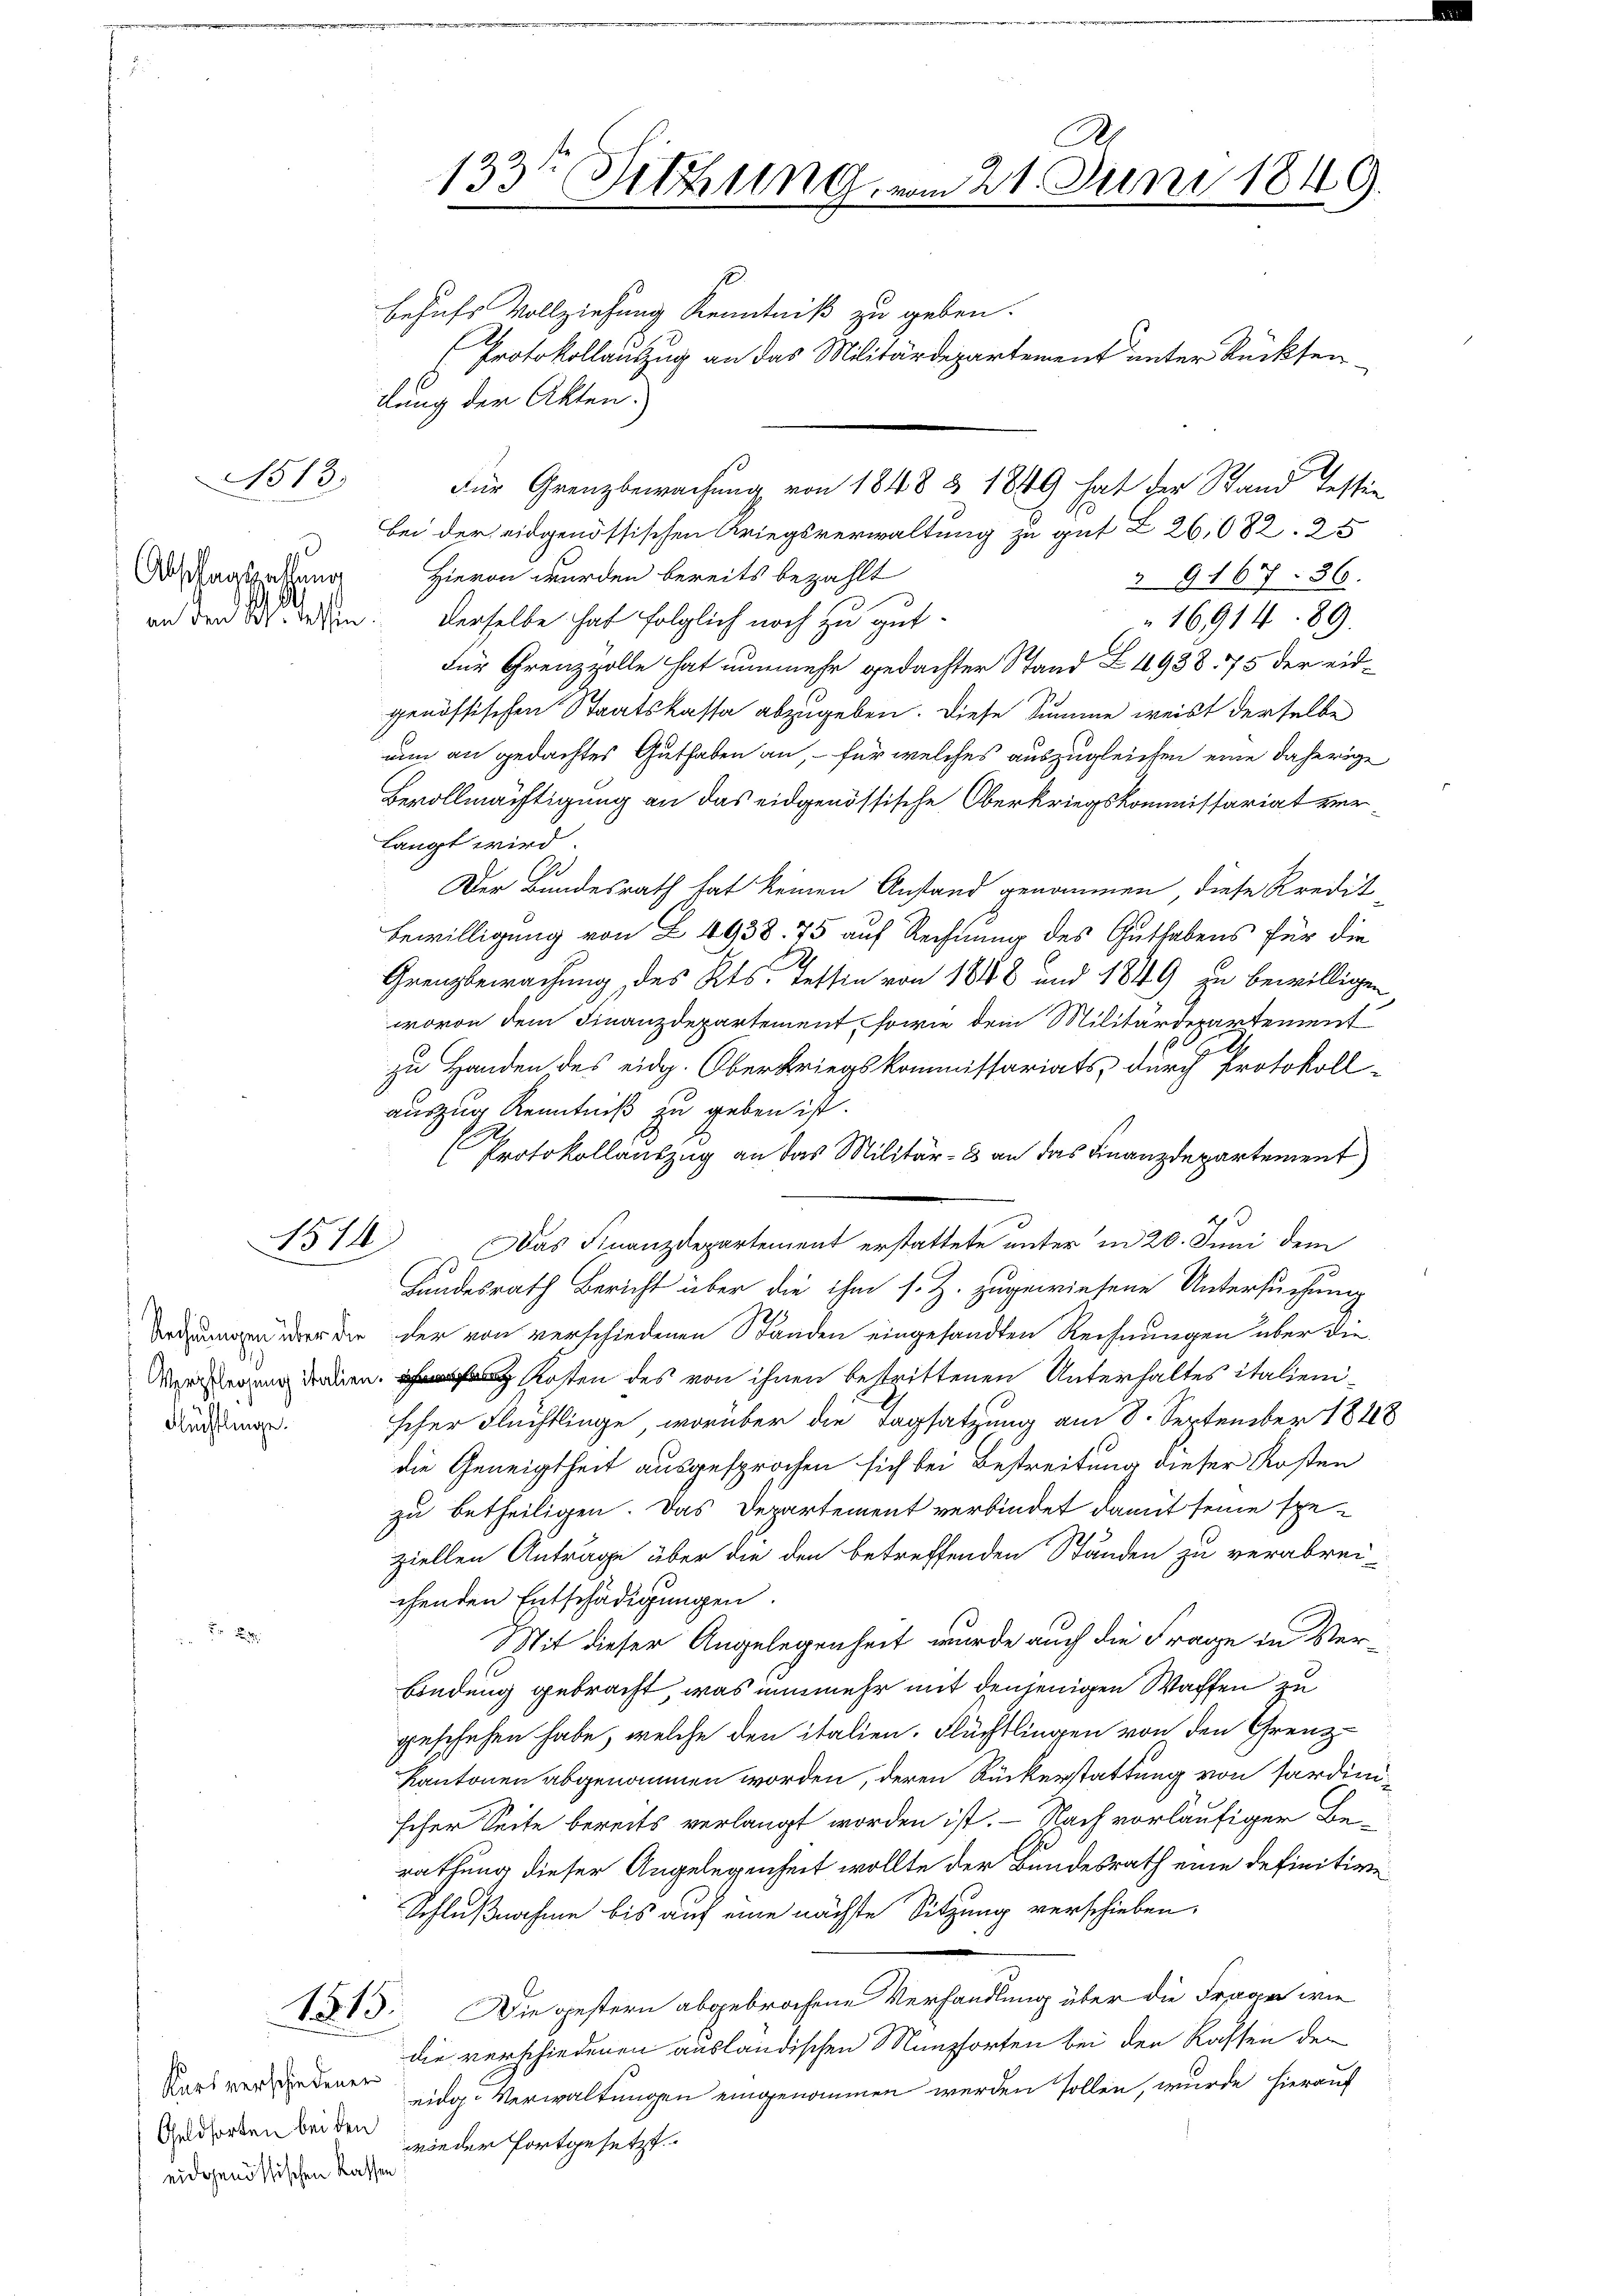
1513.

Abschaftsetzung

B14

Flüchtlinge.

Kars verschiedener
Geldsorten bei den
eidgenössischen Kassen

133te Sitzung.

21. Juni 1849.

behufs Vollziehung Kenntniß zu geben.
Protokollauszug an das Militärdepartement unter Rücksendlung der Akten.)
Für Grenzbewachung von 1848 § 1849 hat der Stand Tessie
bei der eidgenössischen Kriegsverwaltung zu gut Z. 26,682. 25
Hievon wurden bereits bezahlt
 9167. 36.
d
an den 27. Jeden derselbe hat folglich noch zu gut¬
1691489.
Für Grenzzolle hat nunmehr gedachter Stand Z 1938. 75 der eidgenössischen Staatskassa abzugeben. Diese Summe weist derselbe
nun an gedachtes Guthaben an, – für welches auszugleichen eine daherige
Bevollmächtigung an das eidgenössische Oberkriegskommissariat verlangt wird.
Gr
Der Bundesrath hat keinen Anstand genommen, diese Kredit
Bewilligung von Z. 4938. 75 auf Rechnung des Guthabens für die
2
Grenzbewachung des Kts. Tessin von 1848 und 1849 zu bewilligen
wovon dem Finanzdepartement, sowie dem Militärdepartement
zu Handen des eidg. Oberkriegskommissariats durch Protokoll-
auszug Kenntniß zu geben ist.
E
Protokollauszug an das Militär- & an das Finanzdepartement
Das Finanzdepartement erstattete unter in 20. Juni dem
Handesrath Bericht über die ihm s. Z. zugewiesene Untersuchung
drungen über der der von verschiedenen Ständen eingesandten Rechnungen über die
 Kosten des von ihnen bestrittenen Unterhaltes italienischer Flüchtlinge, worüber die Tagsatzung am 8. September 1848
die Geneigtheit ausgesprochen sich bei Bestreitung dieser Kosten
zu betheiligen. Das Departement verbindet damit seine speziellen Anträge über die den betreffenden Ständen zu verabrei-
chenden Entschädigungen.
Mit dieser Angelegenheit wurde auch die Frage in Ver¬
Bindung gebracht, was nunmehr mit denjenigen Waffen zu
geschehen habe, welche den italien. Flüchtlingen von den Grenz-
Kantonen abgenommen worden, deren Rückerstattung von sardinischer Seite bereits verlangt worden ist. Nach vorläufiger Berathung dieser Angelegenheit wollte der Bundesrath eine definitive
Schlußnahme bis auf eine nächste Sitzung verschieben.
115. Die gestern abgebrochene Verhandlung über die Frage wie
die verschiedenen ausländischen Münzsorten bei den Rassen der
eidg. Verwaltungen eingenommen werden sollen, wurde hierauf
wieder fortgesetzt.